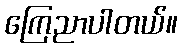
ကြေညာပါတယ်။